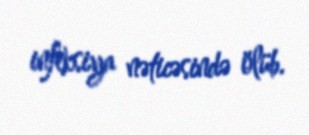
infeksiya nəticəsində ölüb.